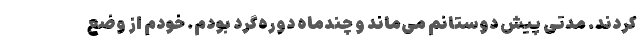
کردند. مدتی پیش دوستانم می‌ماند و چندماه دوره‌گرد بودم. خودم از وضع